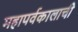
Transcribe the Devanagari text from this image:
महापर्वकालाची